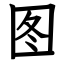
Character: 图